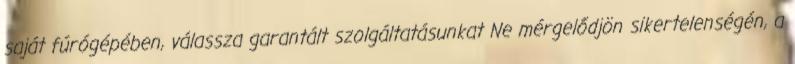
saját fúrógépében, válassza garantált szolgáltatásunkat Ne mérgelődjön sikertelenségén, a